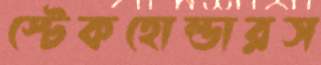
স্টেকহোল্ডারস